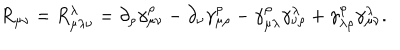
LaTeX: R _ { \mu \nu } = R _ { \mu \lambda \nu } ^ { \lambda } = \partial _ { \rho } \gamma _ { \mu \nu } ^ { \rho } - \partial _ { \nu } \gamma _ { \mu \rho } ^ { \rho } - \gamma _ { \mu \lambda } ^ { \rho } \gamma _ { \nu \rho } ^ { \lambda } + \gamma _ { \lambda \rho } ^ { \rho } \gamma _ { \mu \nu } ^ { \lambda } .